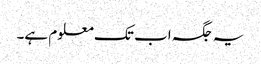
یہ جگہ اب تک معلوم ہے۔